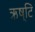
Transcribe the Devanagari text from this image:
ऋष्टि